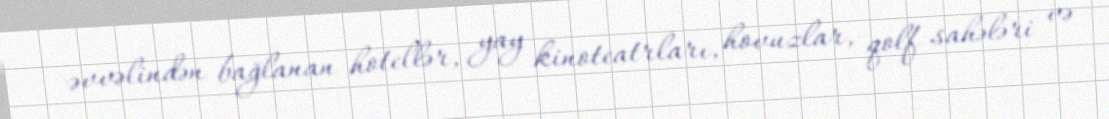
əvvəlindən bağlanan hotellər, yay kinoteatrları, hovuzlar, qolf sahələri və